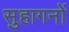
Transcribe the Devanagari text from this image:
सुहागनों